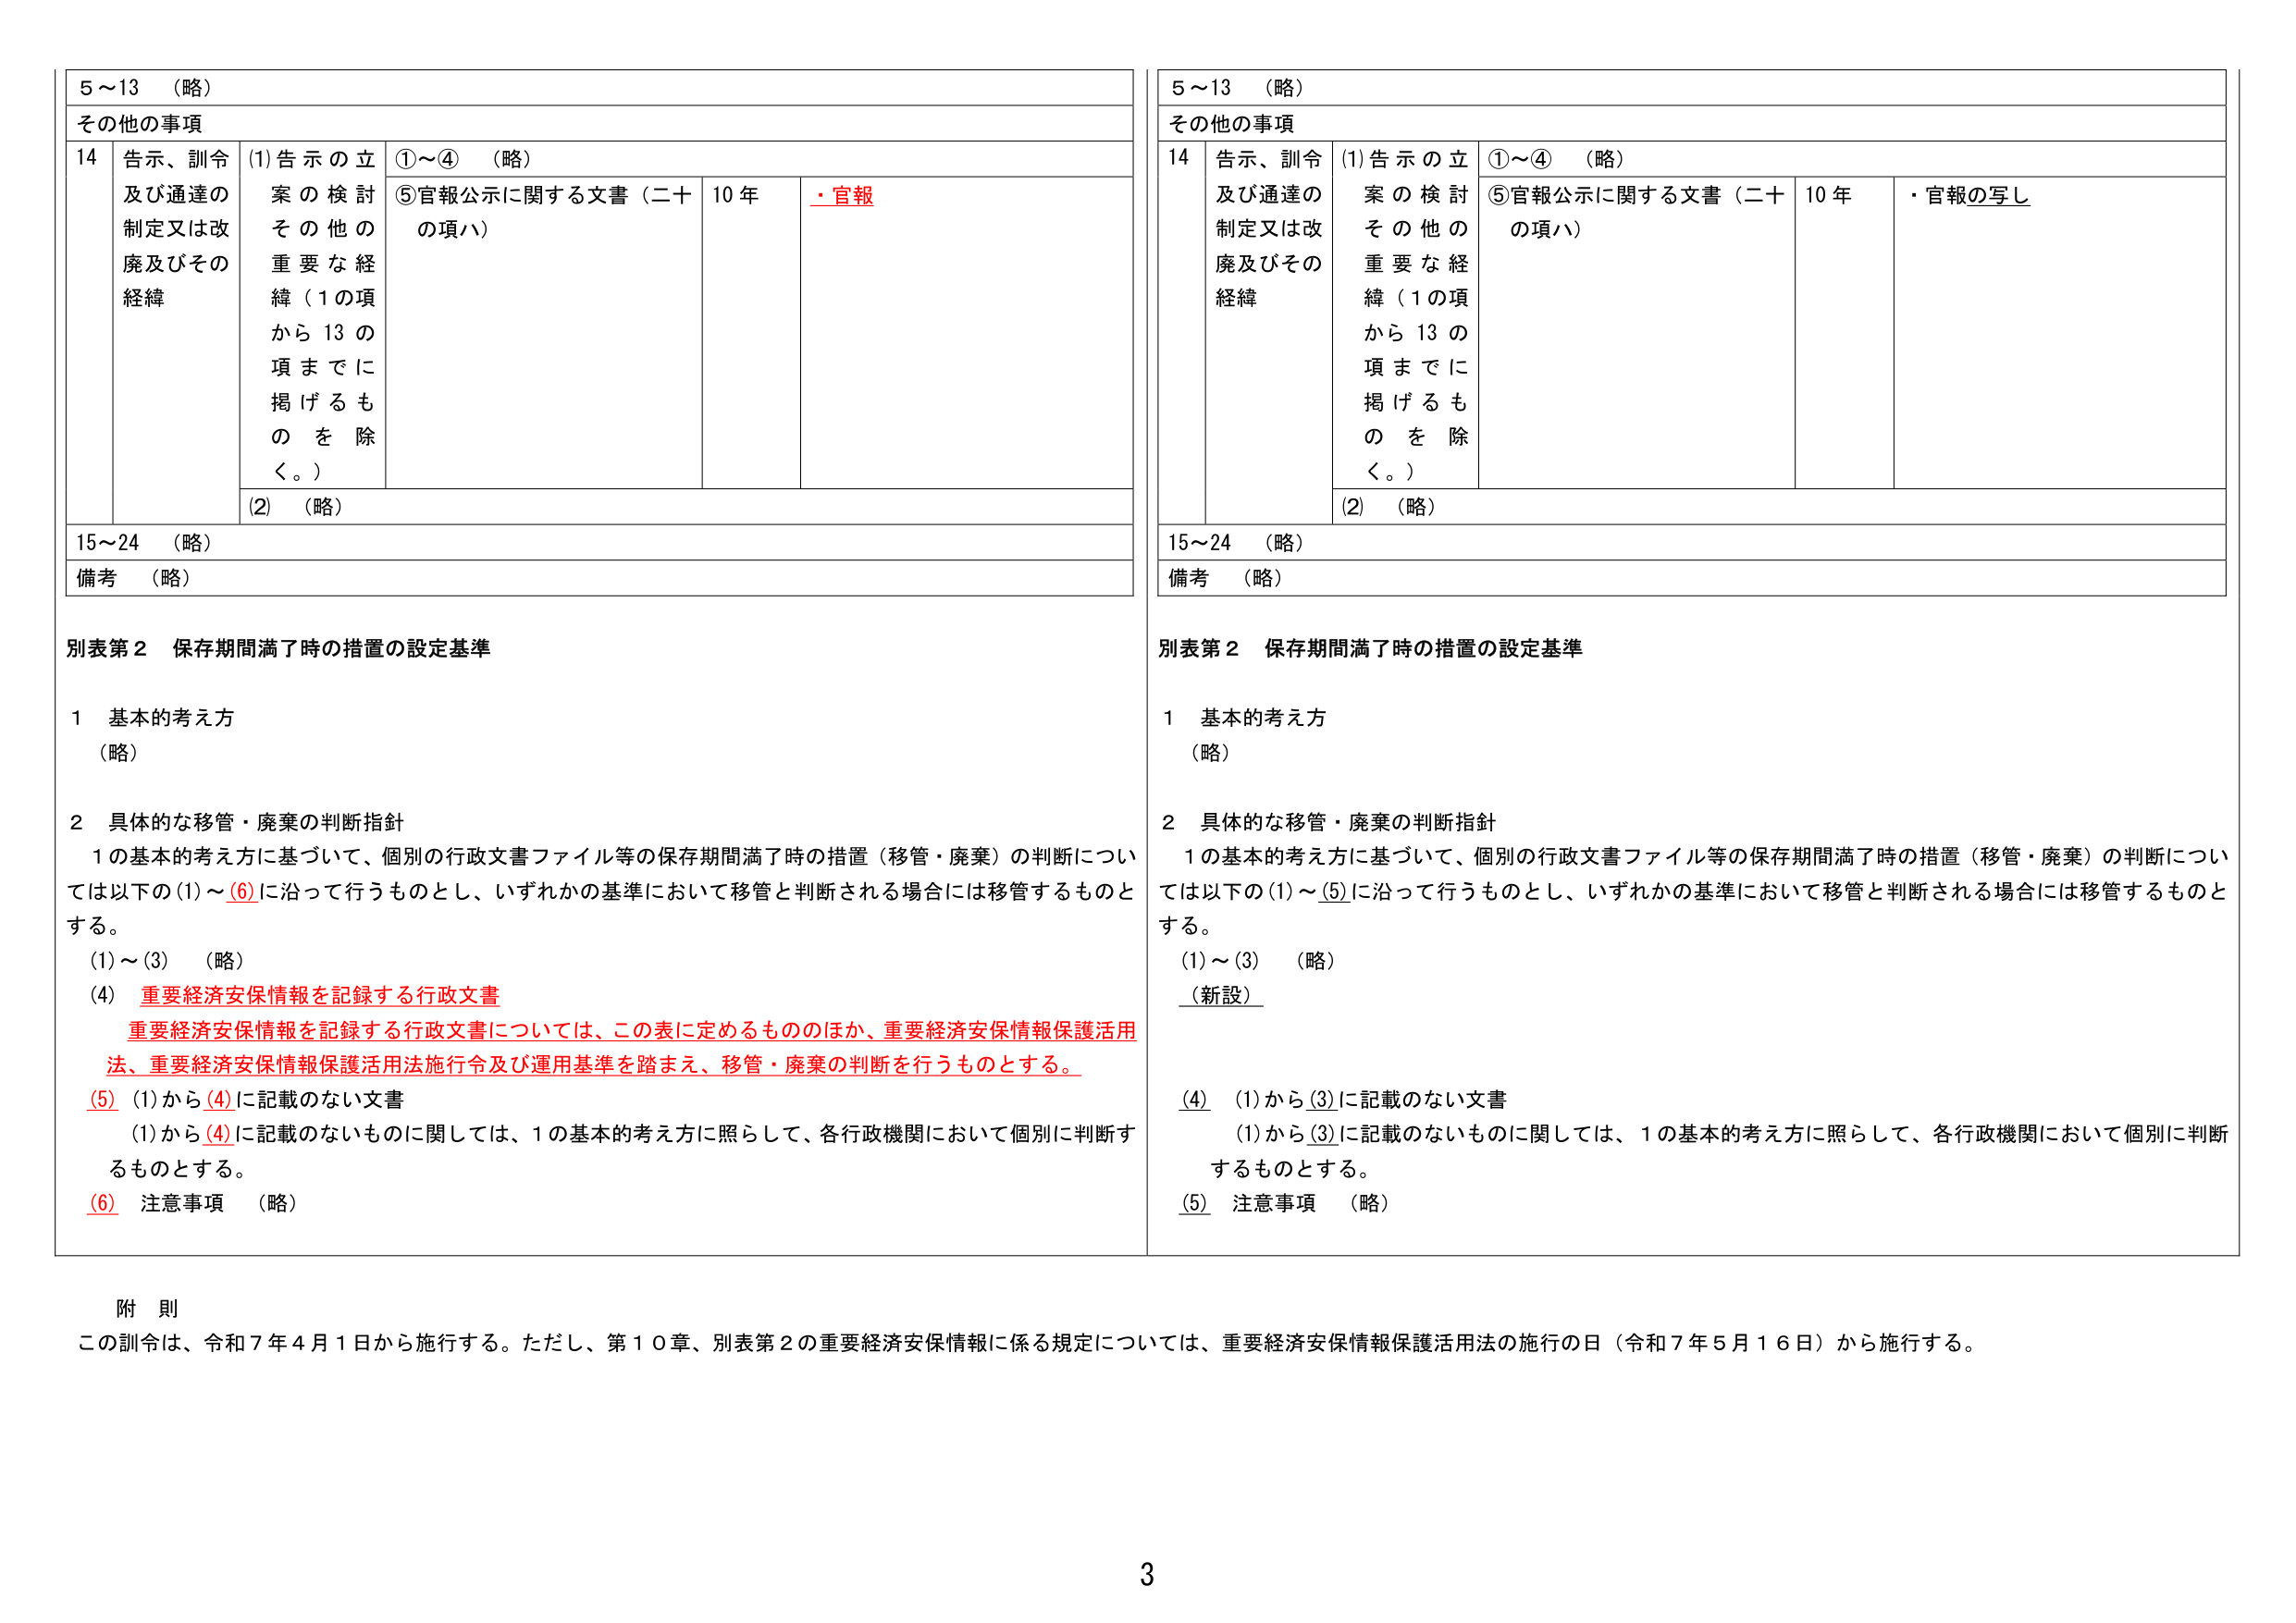
5～13 （略）
その他の事項
14 告示、訓令及び通達の制定又は改廃及びその経緯
(1) 告示の立案の検討その他の重要な経緯（1の項から13の項までに掲げるものを除く。）
①～④ （略）
⑤ 官報公示に関する文書（二十の項ハ）
10 年
・官報
(2) （略）
15～24 （略）
備考 （略）

別表第2 保存期間満了時の措置の設定基準

1 基本的考え方
（略）

2 具体的な移管・廃棄の判断指針
1の基本的考え方に基づいて、個別の行政文書ファイル等の保存期間満了時の措置（移管・廃棄）の判断については以下の(1)～(6)に沿って行うものとし、いずれかの基準において移管と判断される場合には移管するものとする。
(1)～(3) （略）
(4) 重要経済安保情報を記録する行政文書
重要経済安保情報を記録する行政文書については、この表に定めるもののほか、重要経済安保情報保護活用法、重要経済安保情報保護活用法施行令及び運用基準を踏まえ、移管・廃棄の判断を行うものとする。
(5) (1)から(4)に記載のない文書
(1)から(4)に記載のないものに関しては、1の基本的考え方に照らして、各行政機関において個別に判断するものとする。
(6) 注意事項 （略）

5～13 （略）
その他の事項
14 告示、訓令及び通達の制定又は改廃及びその経緯
(1) 告示の立案の検討その他の重要な経緯（1の項から13の項までに掲げるものを除く。）
①～④ （略）
⑤ 官報公示に関する文書（二十の項ハ）
10 年
・官報の写し
(2) （略）
15～24 （略）
備考 （略）

別表第2 保存期間満了時の措置の設定基準

1 基本的考え方
（略）

2 具体的な移管・廃棄の判断指針
1の基本的考え方に基づいて、個別の行政文書ファイル等の保存期間満了時の措置（移管・廃棄）の判断については以下の(1)～(5)に沿って行うものとし、いずれかの基準において移管と判断される場合には移管するものとする。
(1)～(3) （略）
（新設）
(4) (1)から(3)に記載のない文書
(1)から(3)に記載のないものに関しては、1の基本的考え方に照らして、各行政機関において個別に判断するものとする。
(5) 注意事項 （略）

附 則
この訓令は、令和7年4月1日から施行する。ただし、第10章、別表第2の重要経済安保情報に係る規定については、重要経済安保情報保護活用法の施行の日（令和7年5月16日）から施行する。

3